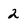
Character: 2